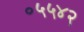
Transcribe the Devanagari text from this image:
०५५४२